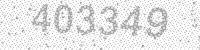
Solution: 403349